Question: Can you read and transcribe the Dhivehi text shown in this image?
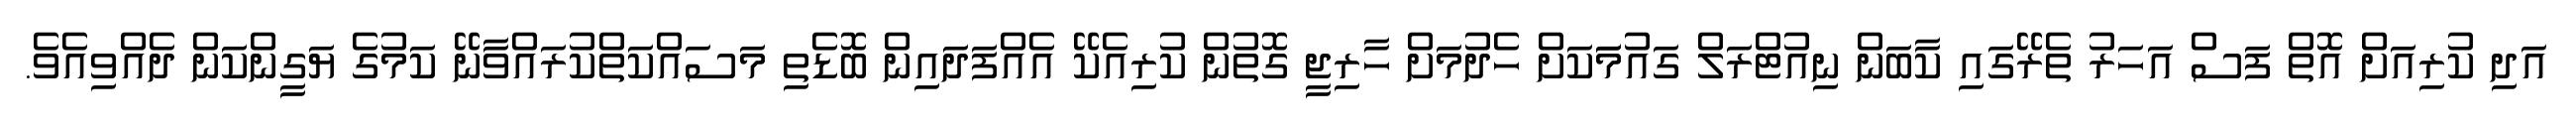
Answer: އަދި ކުރިއަށް އޮތް ފަސް އަހަރު ތެރޭގައި ކާބަން ނިއުޓްރަލް ގައުމަަކަށް ހެދުމަށް ހާރިޖީ ގޮތުން ކުރިއެކޭ އެއްފަދައިން ބޮޑެތި މަސައްކަތްކުރައްވާނޭ ކަމުގެ ޔަގީންކަން ދެއްވިއެވެ.